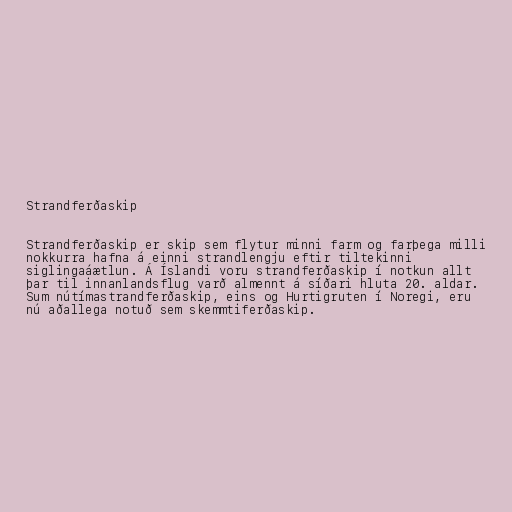
Strandferðaskip

Strandferðaskip er skip sem flytur minni farm og farþega milli
nokkurra hafna á einni strandlengju eftir tiltekinni
siglingaáætlun. Á Íslandi voru strandferðaskip í notkun allt
þar til innanlandsflug varð almennt á síðari hluta 20. aldar.
Sum nútímastrandferðaskip, eins og Hurtigruten í Noregi, eru
nú aðallega notuð sem skemmtiferðaskip.